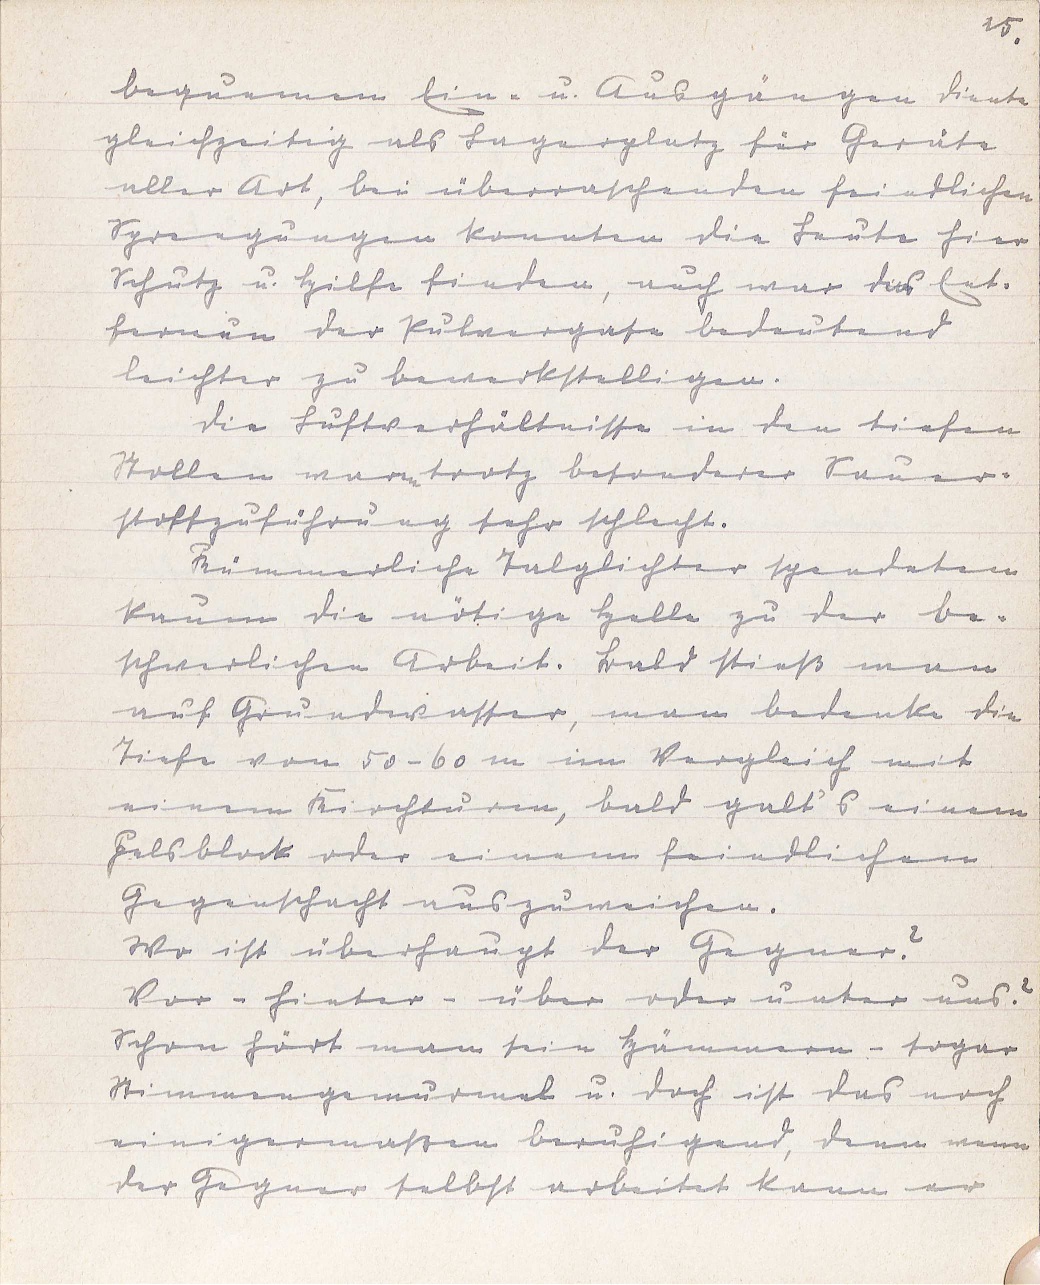
25.
bequemen Ein- u. Ausgängen diente
gleichzeitig als Lagerplatz für Geräte
aller Art, bei überraschenden feindlichen
Sprengungen konnten die Leute hier
Schutz u. Hilfe finden, auch war das Ent-
fernun der Pulvergase bedeutend
leichter zu bewerkstelligen.
Die Luftverhältnisse in den tiefen
Stollen waren trotz besonderer Sauer¬
stoffzuführung sehr schlecht.
Kümmerliche Talglichter spendeten
kaum die nötige Helle zu der be¬
schwerlichen Arbeit. Bald stieß man
auf Grundwasser, man bedenke die
Tiefe von 50 - 60 m im Vergleich mit
einem Kirchturm, bald galt's einem
Felsblock oder einem feindlichen
Gegenschacht auszuweichen.
Wo ist überhaupt der Gegner?
Vor - hinter - über oder unter uns?
Schon hört man sein Hämmern - sogar
Stimmengemurmel u. doch ist das noch
einigermaßen beruhigend, denn wenn
der Gegner selbst arbeitet kann er